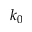
k _ { 0 }